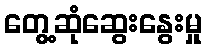
တွေ့ဆုံဆွေးနွေးမှု